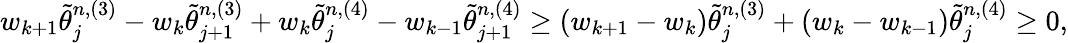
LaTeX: \begin{array}{r}{w_{k+1}\tilde{\theta}_{j}^{n,(3)}-w_{k}\tilde{\theta}_{j+1}^{n,(3)}+w_{k}\tilde{\theta}_{j}^{n,(4)}-w_{k-1}\tilde{\theta}_{j+1}^{n,(4)}\geq(w_{k+1}-w_{k})\tilde{\theta}_{j}^{n,(3)}+(w_{k}-w_{k-1})\tilde{\theta}_{j}^{n,(4)}\geq 0,}\end{array}